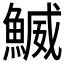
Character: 鰄